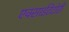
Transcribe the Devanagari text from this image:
एक्साईटेटोरी